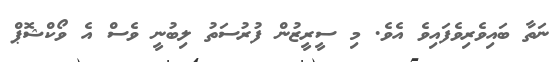
ނަތާ ބައިވެރިވެފައިވެ އެވެ. މި ސީރީޒުން ފުރުސަތު ލިބުނީ ވެސް އެ ވޯކްޝޮޕް